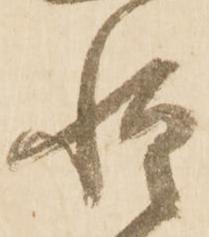
惶